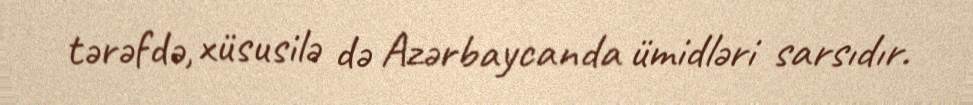
tərəfdə, xüsusilə də Azərbaycanda ümidləri sarsıdır.